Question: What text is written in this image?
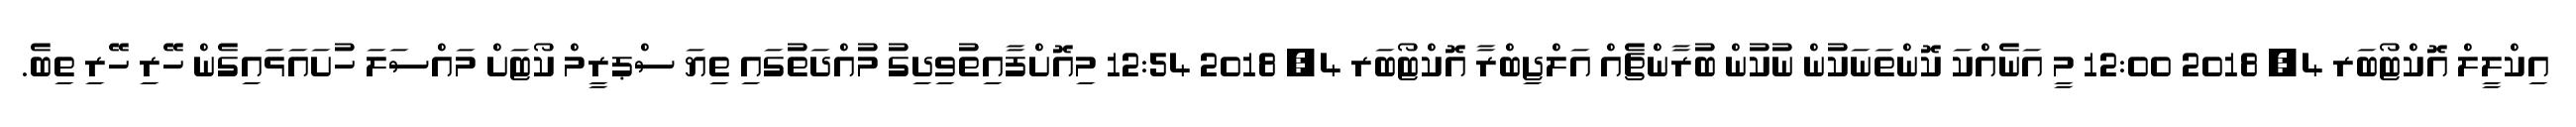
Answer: އިކްލީލް އޮކްޓޯބަރ 4, 2018 12:00 މީ އަނެއްކަ ކޮންތަނަކުން ނުކުން ބުރާންޗެއް އަލްޖިބްރާ އޮކްޓޯބަރ 4, 2018 12:54 މިއޮށްފާއިތުވިދިގު މުއްދަތުގައި ތިޔަ ސްޕރީމް ކޯޓަށް މައްސަލަ ހުށައަޅައިގެން ހޭރި ހޭރި ތިބެ.